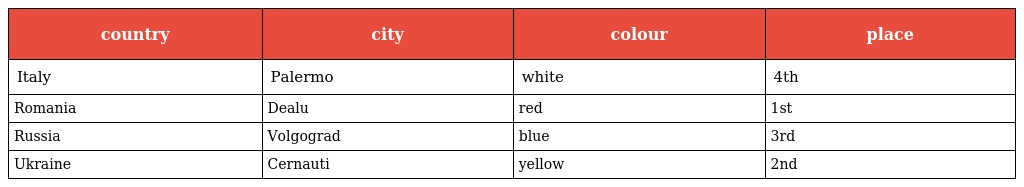
| country | city | colour | place |
 | --- | --- | --- | --- |
 | Italy | Palermo | white | 4th |
 | Romania | Dealu | red | 1st |
 | Russia | Volgograd | blue | 3rd |
 | Ukraine | Cernauti | yellow | 2nd |